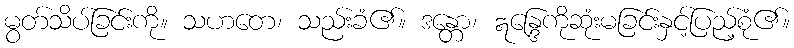
မွတ်သိပ်ခြင်းကို။ သဟတေ၊ သည်းခံ၏။ ဒန္တော၊ ဣန္ဒြေကိုဆုံးမခြင်းနှင့်ပြည့်စုံ၏။